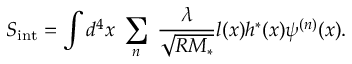
S _ { \mathrm { i n t } } = \int d ^ { 4 } x \; \sum _ { n } \; \frac { \lambda } { \sqrt { R M _ { \ast } } } l ( x ) h ^ { \ast } ( x ) \psi ^ { ( n ) } ( x ) .